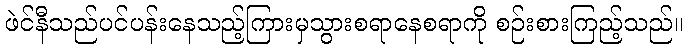
ဖဲင်နီသည်ပင်ပန်းနေသည့်ကြားမှသွားစရာနေစရာကို စဉ်းစားကြည့်သည်။